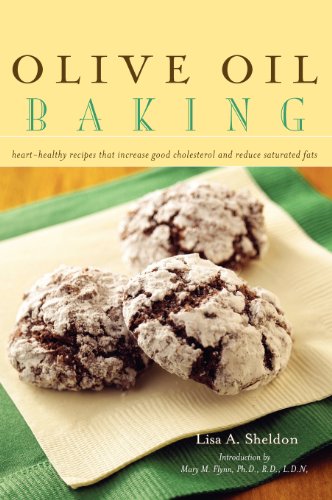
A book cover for Olive Oil Baking: Heart-Healthy Recipes That Increase Good Cholesterol and Reduce Saturated Fats; Lisa A Sheldon; Cookbooks, Food & Wine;